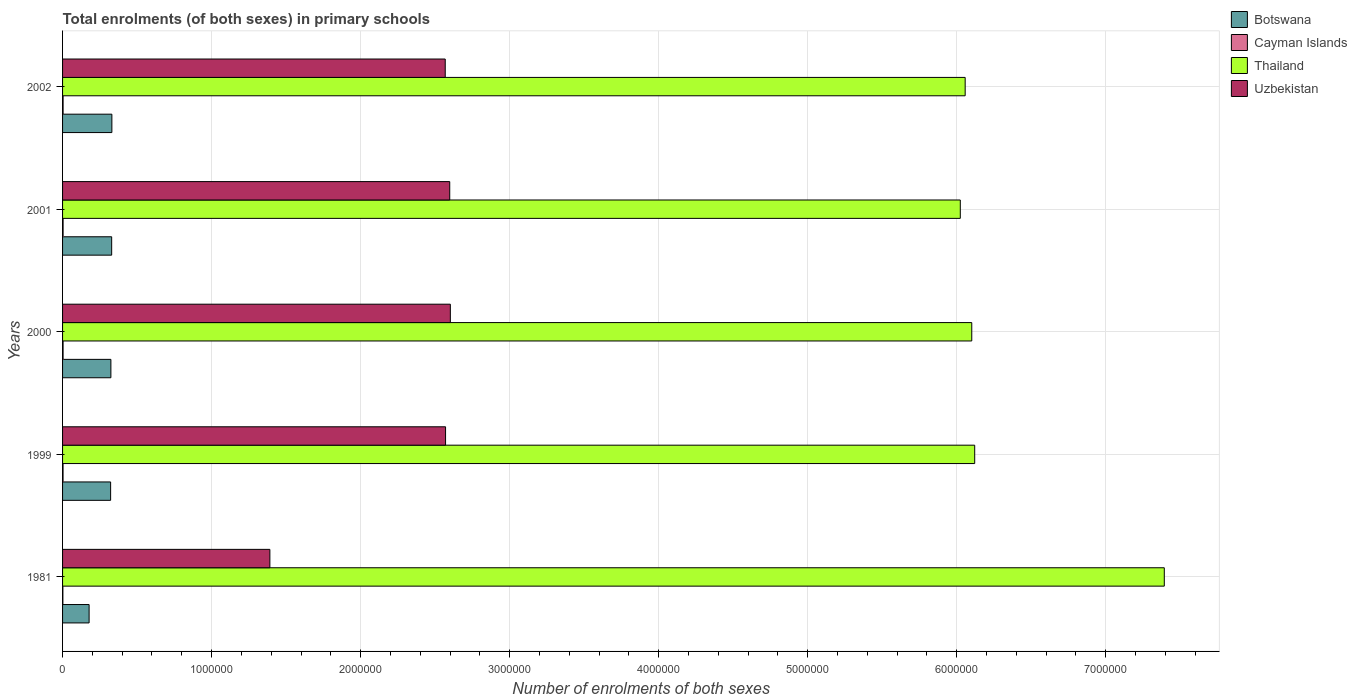
| Years | Botswana | Cayman Islands | Thailand | Uzbekistan |
 | --- | --- | --- | --- | --- |
 | 1981 | 1.78e+05 | 2.12e+03 | 7.39e+06 | 1.39e+06 |
 | 1999 | 3.22e+05 | 3.23e+03 | 6.12e+06 | 2.57e+06 |
 | 2000 | 3.24e+05 | 3.44e+03 | 6.1e+06 | 2.6e+06 |
 | 2001 | 3.29e+05 | 3.55e+03 | 6.02e+06 | 2.6e+06 |
 | 2002 | 3.31e+05 | 3.58e+03 | 6.06e+06 | 2.57e+06 |